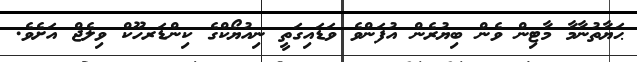
ޙަޔާތުނާމާ މާޓިން ވެން ބިޔުރެން އުފަންވެ ވަޑައިގަތީ ނިއުޔޯކްގެ ކިންޑަރހޫކް ވިލެޖް އަށެވެ.